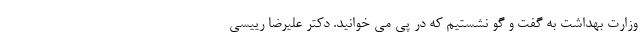
وزارت بهداشت به گفت و گو نشستیم که در پی می خوانید. دکتر علیرضا رییسی